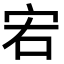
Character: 𡧣